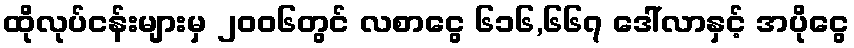
ထိုလုပ်ငန်းများမှ ၂၀၀၆တွင် လစာငွေ ၆၁၆,၆၆၇ ဒေါ်လာနှင့် အပိုငွေ